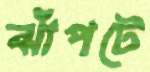
ঝাঁপটে